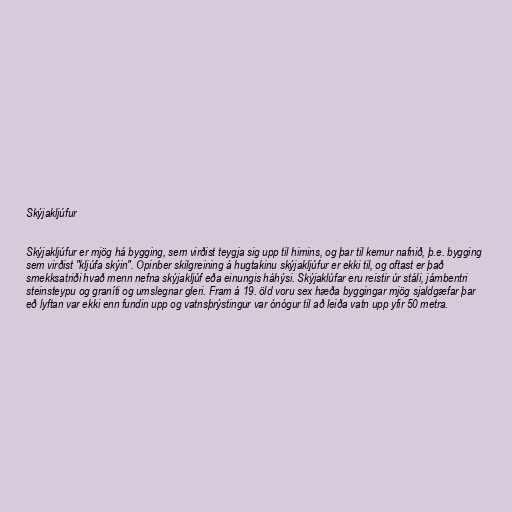
Skýjakljúfur

Skýjakljúfur er mjög há bygging, sem virðist teygja sig upp til himins, og þar til kemur nafnið, þ.e. bygging
sem virðist "kljúfa skýin". Opinber skilgreining á hugtakinu skýjakljúfur er ekki til, og oftast er það
smekksatriði hvað menn nefna skýjakljúf eða einungis háhýsi. Skýjaklúfar eru reistir úr stáli, járnbentri
steinsteypu og graníti og umslegnar gleri. Fram á 19. öld voru sex hæða byggingar mjög sjaldgæfar þar
eð lyftan var ekki enn fundin upp og vatnsþrýstingur var ónógur til að leiða vatn upp yfir 50 metra.